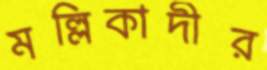
মল্লিকাদীর